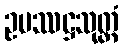
ဥပဿဋ္ဌသုတ္တံ